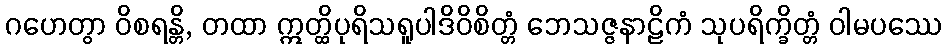
ဂဟေတွာ ဝိစရန္တိ, တထာ ဣတ္ထိပုရိသရူပါဒိဝိစိတ္တံ ဘေသဇ္ဇနာဠိကံ သုပရိက္ခိတ္တံ ဝါမပဿေ